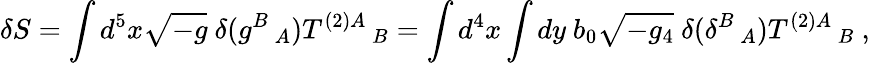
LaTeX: \delta S=\int d^{5}x\sqrt{-g}~\delta(g^{B}\, _{A})T^{(2)A}\, _{B}=\int d^{4}x\int dy~b_{0}\sqrt{-g_{4}}~\delta(\delta^{B}\, _{A})T^{(2)A}\, _{B}~,